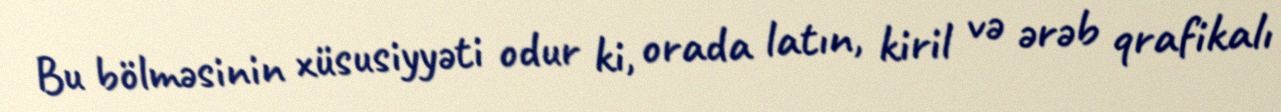
Bu bölməsinin xüsusiyyəti odur ki, orada latın, kiril və ərəb qrafikalı